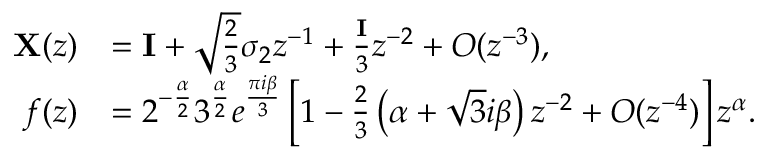
\begin{array} { r l } { \mathbf { X } ( z ) } & { = \mathbf { I } + \sqrt { \frac { 2 } { 3 } } \sigma _ { 2 } z ^ { - 1 } + \frac { \mathbf { I } } { 3 } z ^ { - 2 } + O ( z ^ { - 3 } ) , } \\ { f ( z ) } & { = 2 ^ { - \frac { \alpha } { 2 } } 3 ^ { \frac { \alpha } { 2 } } e ^ { \frac { \pi i { \beta } } { 3 } } \left[ 1 - \frac { 2 } { 3 } \left( \alpha + \sqrt { 3 } i { \beta } \right) z ^ { - 2 } + O ( z ^ { - 4 } ) \right] z ^ { \alpha } . } \end{array}